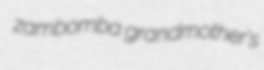
zambomba grandmother's